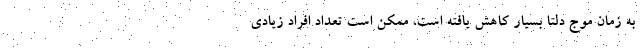
به زمان موج دلتا بسیار کاهش یافته است، ممکن است تعداد افراد زیادی